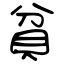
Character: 貧